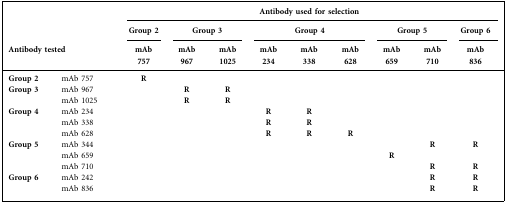
<table><thead><tr><td rowspan="3" colspan="2"><b>Antibody tested</b></td><td colspan="9"><b>Antibody used for selection</b></td></tr><tr><td><b>Group 2</b></td><td colspan="2"><b>Group 3</b></td><td colspan="3"><b>Group 4</b></td><td colspan="2"><b>Group 5</b></td><td><b>Group 6</b></td></tr><tr><td><b>mAb 757</b></td><td><b>mAb 967</b></td><td><b>mAb 1025</b></td><td><b>mAb 234</b></td><td><b>mAb 338</b></td><td><b>mAb 628</b></td><td><b>mAb 659</b></td><td><b>mAb 710</b></td><td><b>mAb 836</b></td></tr></thead><tbody><tr><td><b>Group 2</b></td><td>mAb 757</td><td><b>R</b></td><td></td><td></td><td></td><td></td><td></td><td></td><td></td><td></td></tr><tr><td rowspan="2"><b>Group 3</b></td><td>mAb 967</td><td></td><td><b>R</b></td><td><b>R</b></td><td></td><td></td><td></td><td></td><td></td><td></td></tr><tr><td>mAb 1025</td><td></td><td><b>R</b></td><td><b>R</b></td><td></td><td></td><td></td><td></td><td></td><td></td></tr><tr><td rowspan="3"><b>Group 4</b></td><td>mAb 234</td><td></td><td></td><td></td><td><b>R</b></td><td><b>R</b></td><td></td><td></td><td></td><td></td></tr><tr><td>mAb 338</td><td></td><td></td><td></td><td><b>R</b></td><td><b>R</b></td><td></td><td></td><td></td><td></td></tr><tr><td>mAb 628</td><td></td><td></td><td></td><td><b>R</b></td><td><b>R</b></td><td><b>R</b></td><td></td><td></td><td></td></tr><tr><td rowspan="3"><b>Group 5</b></td><td>mAb 344</td><td></td><td></td><td></td><td></td><td></td><td></td><td></td><td><b>R</b></td><td><b>R</b></td></tr><tr><td>mAb 659</td><td></td><td></td><td></td><td></td><td></td><td></td><td><b>R</b></td><td></td><td></td></tr><tr><td>mAb 710</td><td></td><td></td><td></td><td></td><td></td><td></td><td></td><td><b>R</b></td><td><b>R</b></td></tr><tr><td rowspan="2"><b>Group 6</b></td><td>mAb 242</td><td></td><td></td><td></td><td></td><td></td><td></td><td></td><td><b>R</b></td><td><b>R</b></td></tr><tr><td>mAb 836</td><td></td><td></td><td></td><td></td><td></td><td></td><td></td><td><b>R</b></td><td><b>R</b></td></tr></tbody></table>